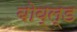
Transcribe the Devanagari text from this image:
बोव्ल्ड